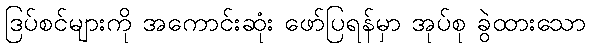
ဒြပ်စင်များကို အကောင်းဆုံး ဖော်ပြရန်မှာ အုပ်စု ခွဲထားသော